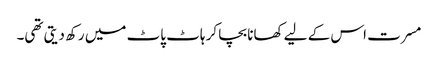
مسرت اس کے لیے کھانا بچا کر ہاٹ پاٹ میں رکھ دیتی تھی۔